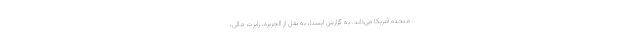
متحده آمریکا می‌داند. به گزارش ایسنا، به نقل از الجزیره، رابرت مالی،